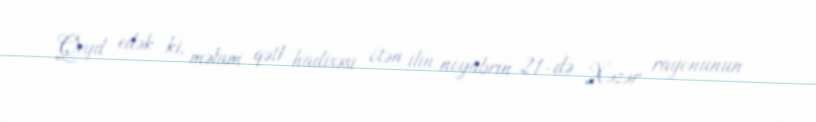
Qeyd edək ki, məlum qətl hadisəsi ötən ilin noyabrın 21-də Xəzər rayonunun